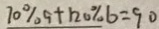
7 0 \% 9 + 1 2 0 \% b = 9 0